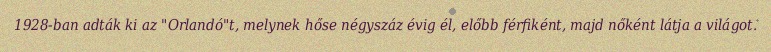
1928-ban adták ki az "Orlandó"t, melynek hőse négyszáz évig él, előbb férfiként, majd nőként látja a világot.